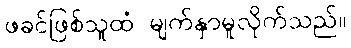
ဖခင်ဖြစ်သူထံ မျက်နှာမူလိုက်သည်။